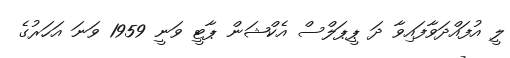
ލީ އުފައްދަވާފައިވާ ދަ ޕީޕަލްސް އެކްޝަން ޕާޓީ ވަނީ 1959 ވަނަ އަހަރުގެ